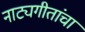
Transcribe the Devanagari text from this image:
नाट्यगीतांचा